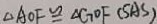
\Delta A O F \cong \Delta G O F ( S A S )